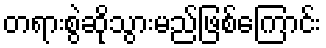
တရားစွဲဆိုသွားမည်ဖြစ်ကြောင်း